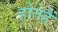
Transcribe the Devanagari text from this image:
होतेहैं